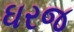
ઘરજ